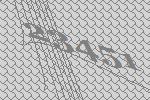
23451